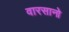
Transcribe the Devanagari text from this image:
वारसानो